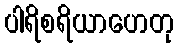
ပါရိစရိယာဟေတု